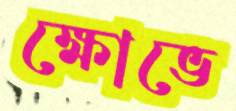
ক্ষোভে